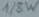
Text: 1/8W